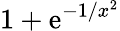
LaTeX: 1+\mathrm{e}^{-1/x^{2}}